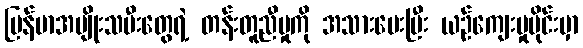
မြန်မာအမျိုးသမီးတွေရဲ့ တန်းတူညီမှုကို အသားပေးပြီး ယဉ်ကျေးမှုပိုင်းမှာ